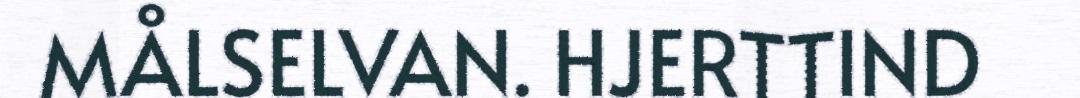
MÅLSELVAN. HJERTTIND